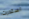
استدرت